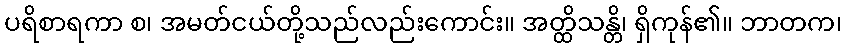
ပရိစာရကာ စ၊ အမတ်ငယ်တို့သည်လည်းကောင်း။ အတ္ထိသန္တိ၊ ရှိကုန်၏။ ဘာတက၊